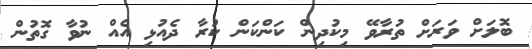
ބޮލަށް ވަރަށް ތުރާވޭ މިކުދިން ކަންކަން ކުރާ ދެއުޅި އެއް ނުވާ ގޮތުން